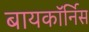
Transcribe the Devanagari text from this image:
बायकॉर्निस